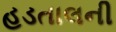
હડતાલની